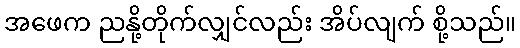
အဖေက ညနို့တိုက်လျှင်လည်း အိပ်လျက် စို့သည်။